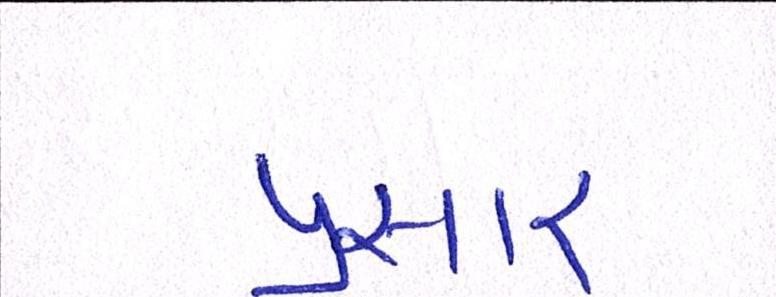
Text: પ્રસાર